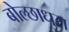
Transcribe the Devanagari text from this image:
बोल्छाधुरा